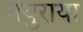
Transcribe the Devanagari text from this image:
मयुराया